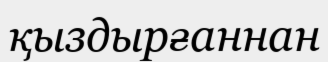
қыздырғаннан